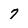
Character: 7